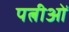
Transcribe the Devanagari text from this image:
पत्नीओं